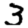
Digit: 3